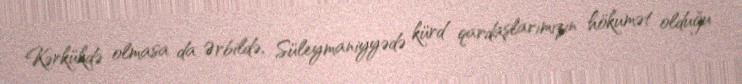
Kərkükdə olmasa da Ərbildə, Süleymaniyyədə kürd qardaşlarımızın hökumət olduğu